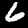
Digit: 6